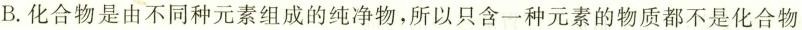
B.化合物是由不同种元素组成的纯净物，所以只含一种元素的物质都不是化合物